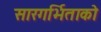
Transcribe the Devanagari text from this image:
सारगर्भिताको